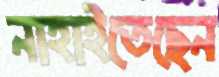
নাহাইতেছেন